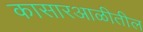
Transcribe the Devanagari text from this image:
कासारआळीतील